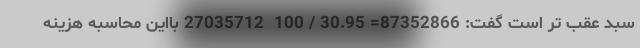
سبد عقب تر است گفت: 87352866= 30.95 / 100  27035712 بااین محاسبه هزینه